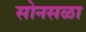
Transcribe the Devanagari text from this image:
सोनसळा